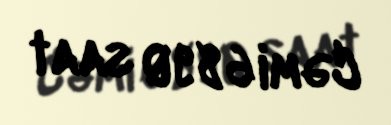
Cəmi 6890 saat